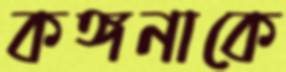
কঙ্গনাকে